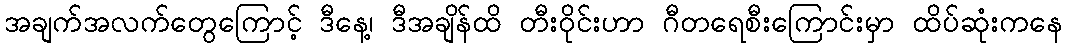
အချက်အလက်တွေကြောင့် ဒီနေ့၊ ဒီအချိန်ထိ တီးဝိုင်းဟာ ဂီတရေစီးကြောင်းမှာ ထိပ်ဆုံးကနေ